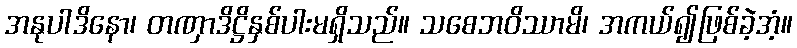
အနုပါဒိနော၊ တဏှာဒိဋ္ဌိနှစ်ပါးမရှိသည်။ သစေဘဝိဿာမိ၊ အကယ်၍ဖြစ်ခဲ့အံ့။